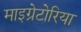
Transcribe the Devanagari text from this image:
माइग्रेटोरिया